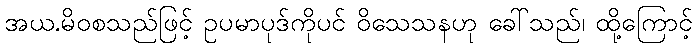
အယ.မိဝစသည်ဖြင့် ဥပမာပုဒ်ကိုပင် ဝိသေသနဟု ခေါ်သည်၊ ထို့ကြောင့်